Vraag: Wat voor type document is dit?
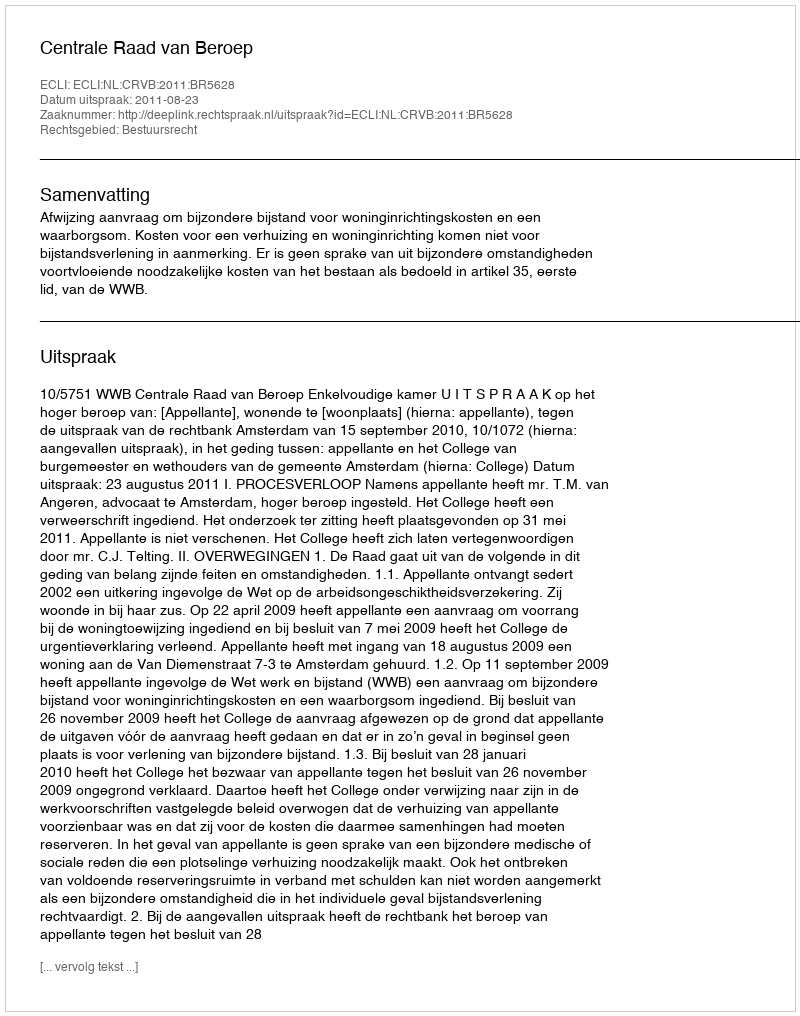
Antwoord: Uitspraak